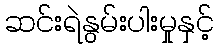
ဆင်းရဲနွမ်းပါးမှုနှင့်